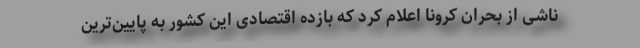
ناشی از بحران کرونا اعلام کرد که بازده اقتصادی این کشور به پایین‌ترین